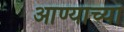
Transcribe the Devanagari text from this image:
आण्याच्या